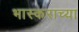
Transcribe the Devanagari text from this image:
भास्कराच्या